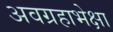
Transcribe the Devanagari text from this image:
अवग्रहाभेक्षा